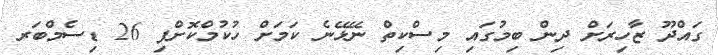
ގައްދޫ ޒާހިރަށް ދިން ބިމުގައި މިސްކިތް ނޭޅޭނެ ކަމަށް ހުކުމްކޮށްފި 26 ޑިސެމްބަރ